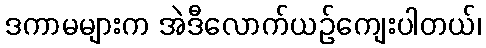
ဒကာမများက အဲဒီလောက်ယဉ်ကျေးပါတယ်၊